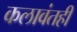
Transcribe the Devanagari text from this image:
कलावंतही